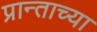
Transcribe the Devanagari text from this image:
प्रान्ताच्या